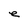
Character: e